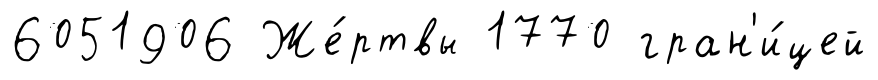
6051906 Же́ртвы 1770 гран'и́цей